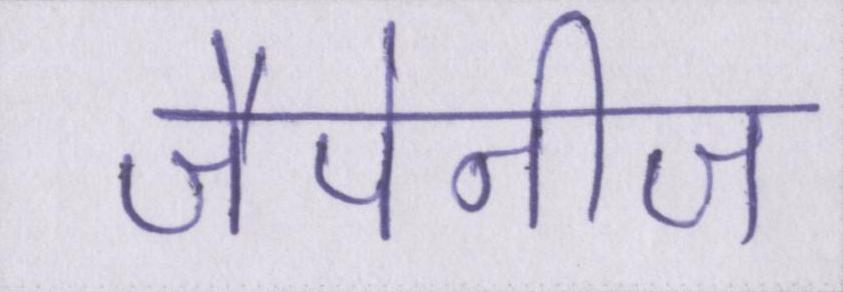
जैपेनीज